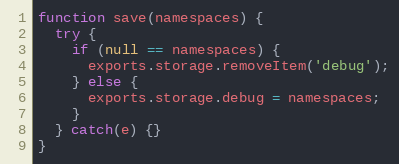
Language: JavaScript
function save(namespaces) {
  try {
    if (null == namespaces) {
      exports.storage.removeItem('debug');
    } else {
      exports.storage.debug = namespaces;
    }
  } catch(e) {}
}